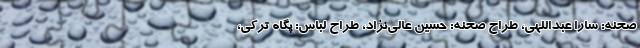
صحنه: سارا عبداللهی، طراح صحنه: حسین عالی‌نژاد، طراح لباس: پگاه ترکی،